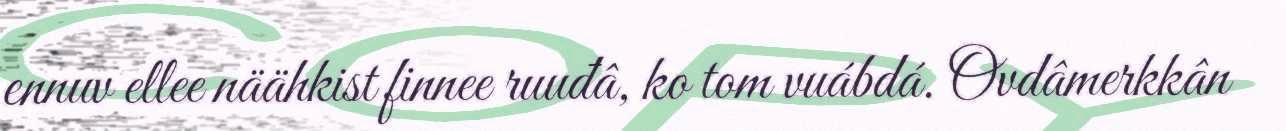
ennuv ellee näähkist finnee ruuđâ, ko tom vuábdá. Ovdâmerkkân